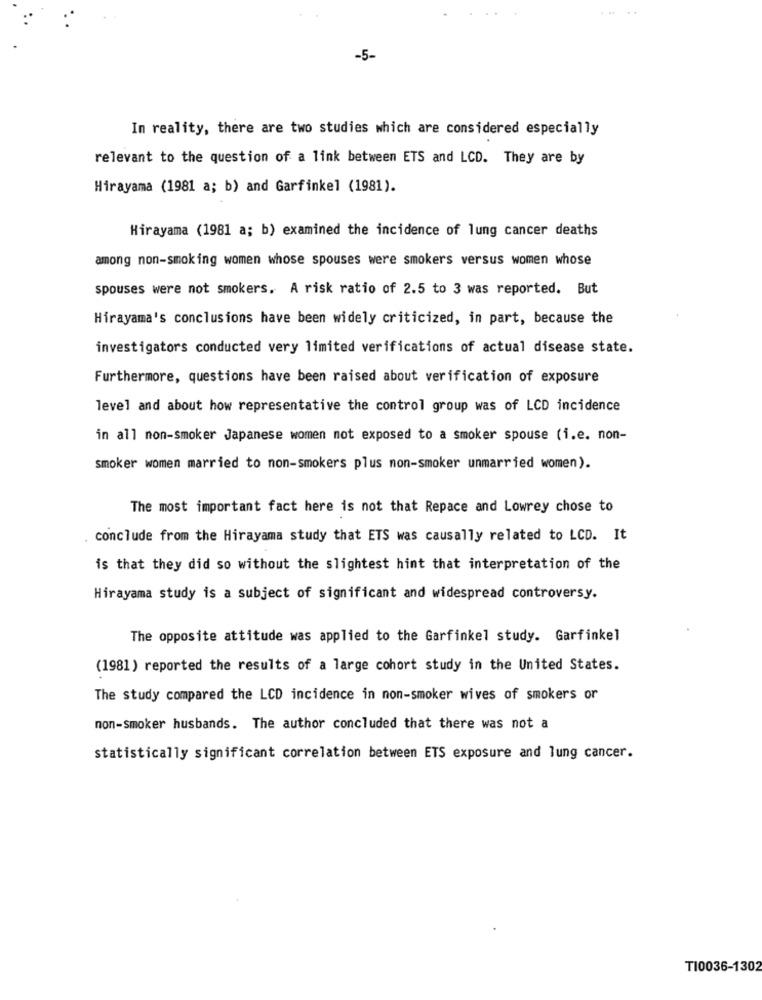
-5-
In reality, there are two studies which are considered especially
relevant to the question of a link between ETS and LCD. They are by
Hirayama (1981 a; b) and Garfinkel (1981).
Hirayama (1981 a; b) examined the incidence of lung cancer deaths
among non-smoking women whose spouses were smokers versus women whose
spouses were not smokers. A risk ratio of 2.5 to 3 was reported. But
Hirayama's conclusions have been widely criticized, in part, because the
investigators conducted very limited verifications of actual disease state.
Furthermore, questions have been raised about verification of exposure
level and about how representative the control group was of LCD incidence
in all non-smoker Japanese women mot exposed to a smoker spouse (i.e. non-
smoker women married to non-smokers plus non-smoker unmarried women).
The most important fact here is not that Repace and Lowrey chose to
conclude from the Hirayama study that ETS was causally related to LCD. It
is that they did so without the slightest hint that interpretation of the
Hirayama study is a subject of significant and widespread controversy.
The opposite attitude was applied to the Garfinkel study. Garfinkel
(1981 ) reported the results of a large cohort study in the United States.
The study compared the LCD incidence in non-smoker wives of smokers or
non-smoker husbands. The author concluded that there was not a
statistically significant correlation between ETS exposure and lung cancer.
TI0036-1302